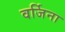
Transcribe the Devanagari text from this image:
वर्जिना